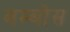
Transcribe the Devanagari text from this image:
बम्बोस